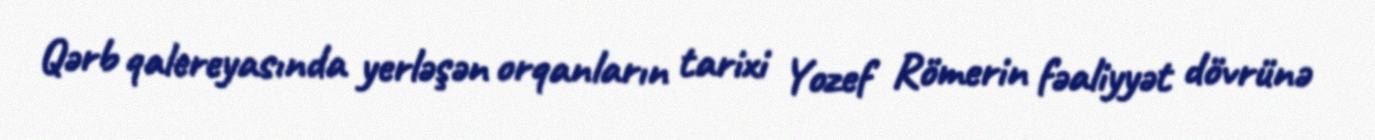
Qərb qalereyasında yerləşən orqanların tarixi Yozef Römerin fəaliyyət dövrünə